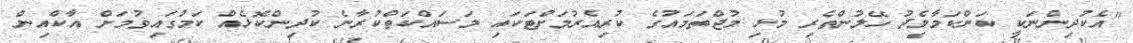
"އެކުދިންނަކީ ކަންކަމާމެދު ހޭލުންތެރި މުޅި މުޖްތަމައުގެ ކުރިއެރުމަށްޓަކައި މަސައްކަތްކުރާނެ ކުދިންކޮޅެއް ކަމުގައިވުމަށް އާކްއިން